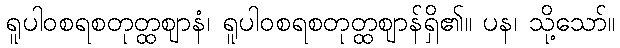
ရူပါဝစရစတုတ္ထဈာနံ၊ ရူပါဝစရစတုတ္ထဈာန်ရှိ၏။ ပန၊ သို့သော်။